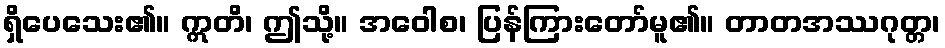
ရှိပေသေး၏။ ဣတိ၊ ဤသို့။ အဝေါစ၊ ပြန်ကြားတော်မူ၏။ တာတအဿဂုတ္တ၊